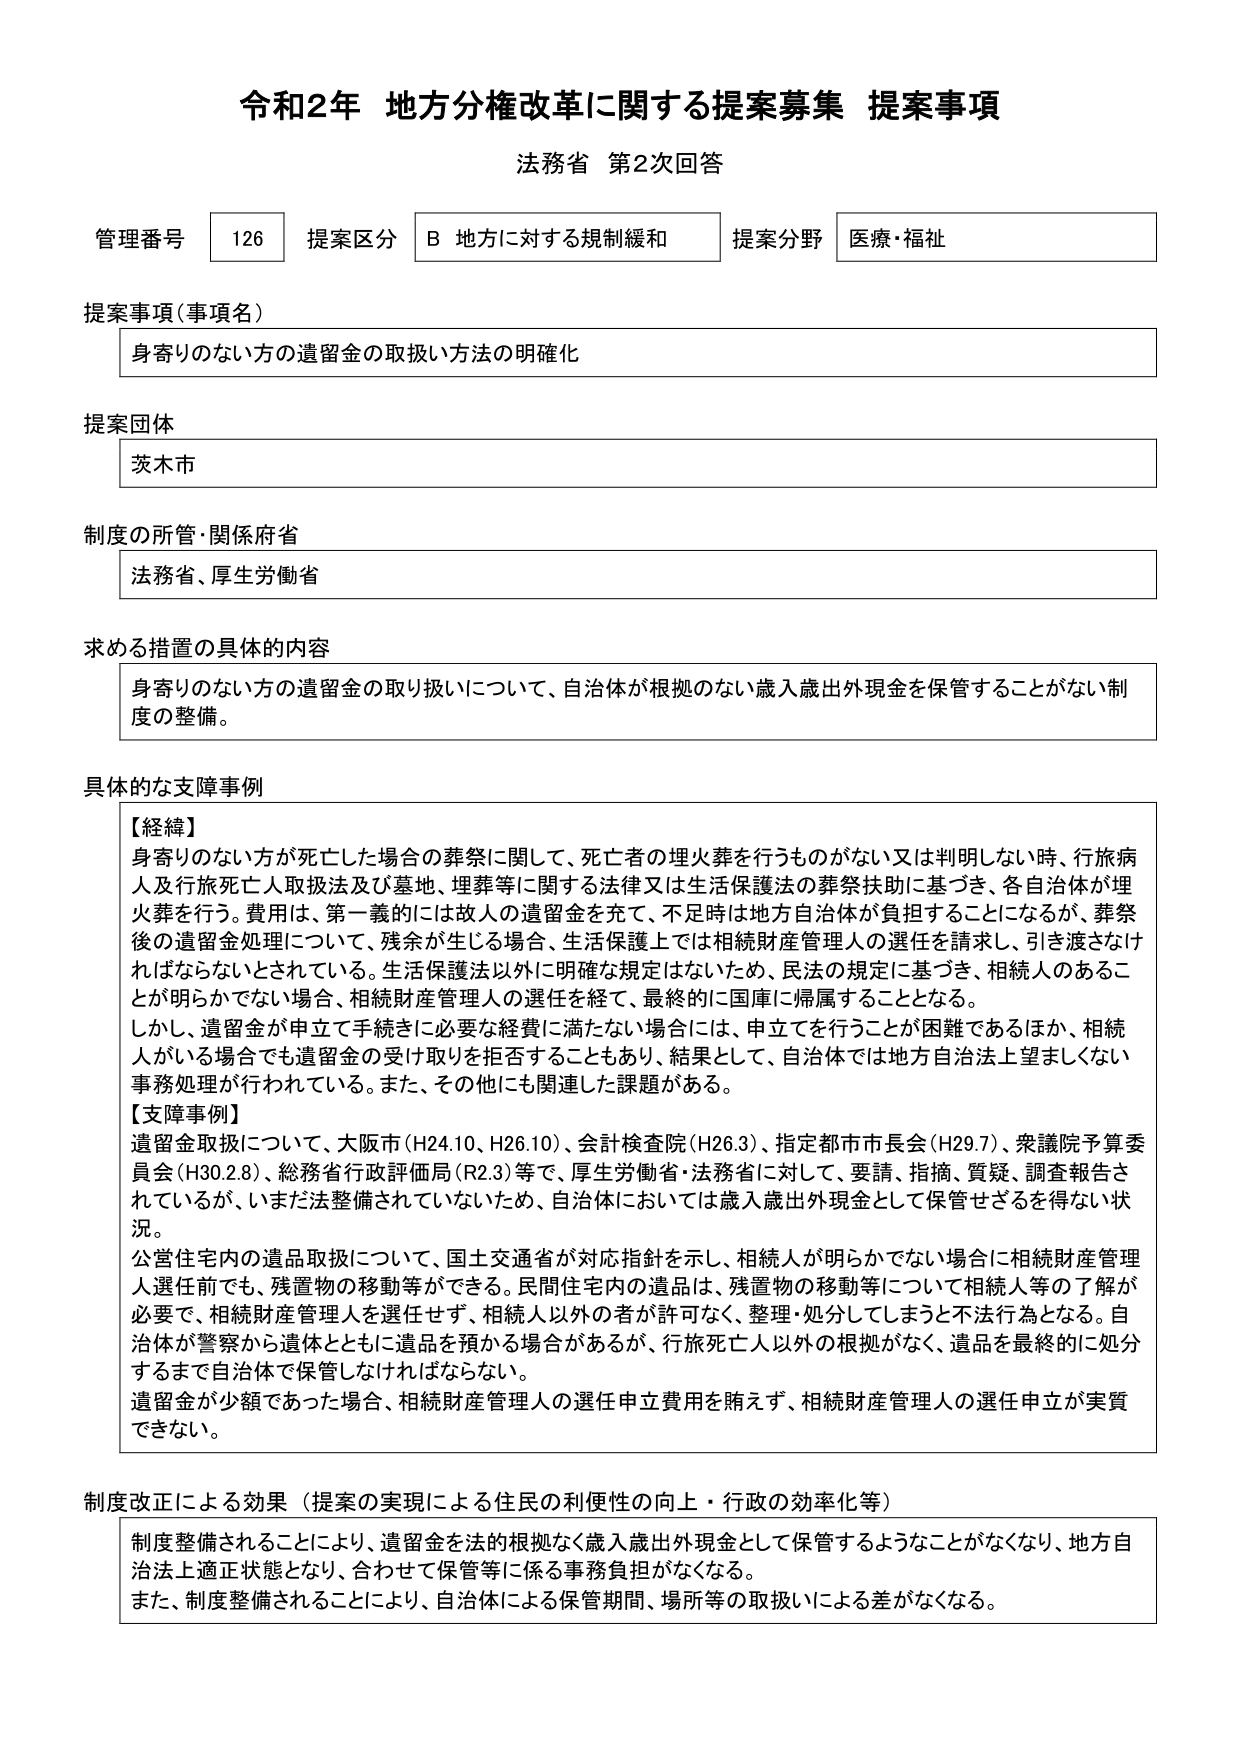
令和2年 地方分権改革に関する提案募集 提案事項
法務省 第2次回答

管理番号 126 提案区分 B 地方に対する規制緩和 提案分野 医療・福祉

提案事項（事項名）
身寄りのない方の遺留金の取扱い方法の明確化

提案団体
茨木市

制度の所管・関係府省
法務省、厚生労働省

求める措置の具体的内容
身寄りのない方の遺留金の取り扱いについて、自治体が根拠のない歳入歳出外現金を保管することがない制度の整備。

具体的な支障事例
【経緯】
身寄りのない方が死亡した場合の葬祭に関して、死亡者の埋火葬を行うものがない又は判明しない時、行旅病人及び行旅死亡人取扱法及び墓地、埋葬等に関する法律又は生活保護法の葬祭扶助に基づき、各自治体が埋火葬を行う。費用は、第一義的には故人の遺留金を充て、不足時は地方自治体が負担することになるが、葬祭後の遺留金処理について、残余が生じる場合、生活保護上では相続財産管理人の選任を請求し、引き渡さなければならないとされている。生活保護法以外に明確な規定はないため、民法の規定に基づき、相続人のあることが明らかでない場合、相続財産管理人の選任を経て、最終的に国庫に帰属することとなる。
しかし、遺留金が申立て手続きに必要な経費に満たない場合には、申立てを行うことが困難であるほか、相続人がいる場合でも遺留金の受け取りを拒否することもあり、結果として、自治体では地方自治法上望ましくない事務処理が行われている。また、その他にも関連した課題がある。

【支障事例】
遺留金取扱について、大阪市（H24.10、H26.10）、会計検査院（H26.3）、指定都市市長会（H29.7）、衆議院予算委員会（H30.2.8）、総務省行政評価局（R2.3）等で、厚生労働省・法務省に対して、要請、指摘、質疑、調査報告されているが、いまだ法整備されていないため、自治体においては歳入歳出外現金として保管せざるを得ない状況。
公営住宅内の遺品取扱について、国土交通省が対応指針を示し、相続人が明らかでない場合に相続財産管理人選任前でも、残置物の移動等ができる。民間住宅内の遺品は、残置物の移動等について相続人等の了解が必要で、相続財産管理人を選任せず、相続人以外の者が許可なく、整理・処分してしまうと不法行為となる。自治体が警察から遺体とともに遺品を預かる場合があるが、行旅死亡人以外の根拠がなく、遺品を最終的に処分するまで自治体で保管しなければならない。
遺留金が少額であった場合、相続財産管理人の選任申立費用を賄えず、相続財産管理人の選任申立が実質できない。

制度改正による効果（提案の実現による住民の利便性の向上・行政の効率化等）
制度整備されることにより、遺留金を法的根拠なく歳入歳出外現金として保管するようなことがなくなり、地方自治法上適正状態となり、合わせて保管等に係る事務負担がなくなる。
また、制度整備されることにより、自治体による保管期間、場所等の取扱いによる差がなくなる。